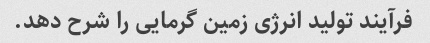
فرآیند تولید انرژی زمین گرمایی را شرح دهد.